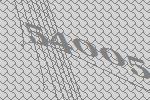
54005